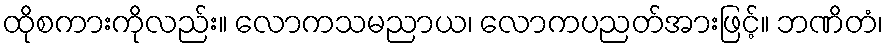
ထိုစကားကိုလည်း။ လောကသမညာယ၊ လောကပညတ်အားဖြင့်။ ဘဏိတံ၊